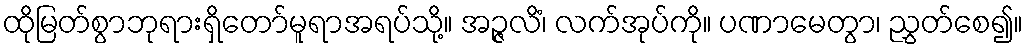
ထိုမြတ်စွာဘုရားရှိတော်မူရာအရပ်သို့။ အဉ္ဇလိံ၊ လက်အုပ်ကို။ ပဏာမေတွာ၊ ညွှတ်စေ၍။